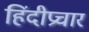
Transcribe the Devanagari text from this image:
हिंदीप्रचार